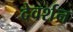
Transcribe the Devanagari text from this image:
देवर्शन